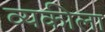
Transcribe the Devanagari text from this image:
व्यकीला